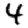
Digit: 4